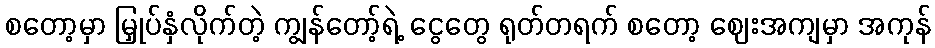
စတော့မှာ မြှုပ်နှံလိုက်တဲ့ ကျွန်တော့်ရဲ့ ငွေတွေ ရုတ်တရက် စတော့ ဈေးအကျမှာ အကုန်